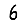
Digit: 6